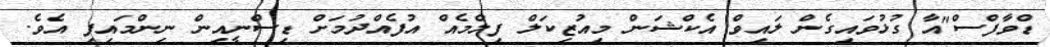
ޑްވާފްސް"އާ ގުޅުވައިގެން ލައިވް އެކްޝަން މިއުޒިކަލް ފިލްމެއް އުފެއްދުމަށް ޑިސްނީއިން ނިންމައިފި އެވެ.